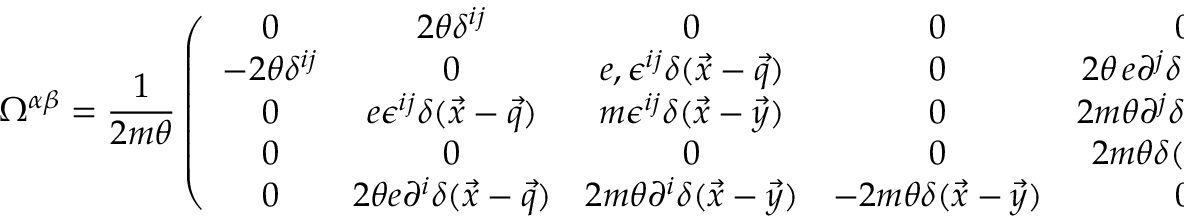
{ \Omega } ^ { \alpha \beta } = { \frac { 1 } { 2 m \theta } } \left( \begin{array} { c c c c c } { { 0 } } & { { 2 \theta \delta ^ { i j } } } & { { 0 } } & { { 0 } } & { { 0 } } \\ { { - 2 \theta \delta ^ { i j } } } & { { 0 } } & { { { e } , \epsilon ^ { i j } \delta ( \vec { x } - \vec { q } ) } } & { { 0 } } & { { 2 \theta \, e \partial ^ { j } \delta ( \vec { x } - \vec { q } ) } } \\ { { 0 } } & { { { e } \epsilon ^ { i j } \delta ( \vec { x } - \vec { q } ) } } & { { m \epsilon ^ { i j } \delta ( \vec { x } - \vec { y } ) } } & { { 0 } } & { { 2 m \theta \partial ^ { j } \delta ( \vec { x } - \vec { y } ) } } \\ { { 0 } } & { { 0 } } & { { 0 } } & { { 0 } } & { { 2 m \theta \delta ( \vec { x } - \vec { y } ) } } \\ { { 0 } } & { { 2 \theta { e } \partial ^ { i } \delta ( \vec { x } - \vec { q } ) } } & { { 2 m \theta \partial ^ { i } \delta ( \vec { x } - \vec { y } ) } } & { { - 2 m \theta \delta ( \vec { x } - \vec { y } ) } } & { { 0 } } \end{array} \right)